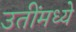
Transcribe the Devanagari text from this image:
उतींमध्ये